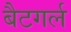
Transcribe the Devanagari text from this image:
बैटगर्ल